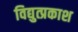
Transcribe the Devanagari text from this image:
विद्युत्प्रकाश